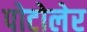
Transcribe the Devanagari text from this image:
पोटोलेर